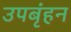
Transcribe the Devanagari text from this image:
उपबृंहन